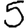
Digit: 5